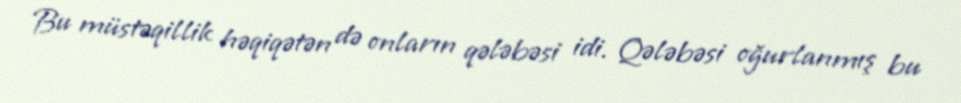
Bu müstəqillik həqiqətən də onların qələbəsi idi. Qələbəsi oğurlanmış bu